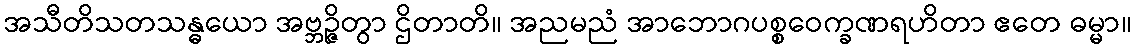
အသီတိသတသန္ဓယော အဗ္ဘဉ္ဇိတွာ ဌိတာတိ။ အညမညံ အာဘောဂပစ္စဝေက္ခဏရဟိတာ ဧတေ ဓမ္မာ။